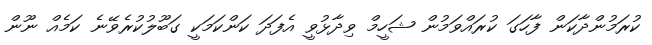
ކުރަމުންދާކަން ފާހަގަ ކުރައްވަމުން ޝަހީމް ވިދާޅުވީ އެފަދަ ކަންކަމަކީ ގަބޫލުކުރެވޭނެ ކަމެއް ނޫން